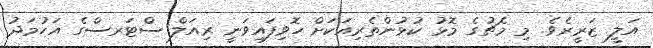
އަލީ ޒަރީރެވެ. މި މެޗުގެ މޮޅު ކުޅުންތެރިއަކަށް ހޮވިފައިވަނީ ރިއަލް ސްޓަރސްގެ އަހުމަދު